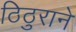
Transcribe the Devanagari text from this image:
ठिठुराने